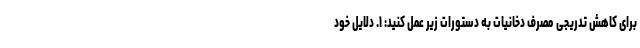
برای کاهش تدریجی مصرف دخانیات به دستورات زیر عمل کنید: ۱. دلایل خود